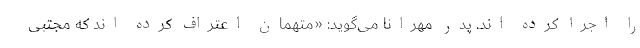
را اجرا کرده اند. پدر مهرانا می‌گوید: «متهمان اعتراف کرده اند که مجتبی